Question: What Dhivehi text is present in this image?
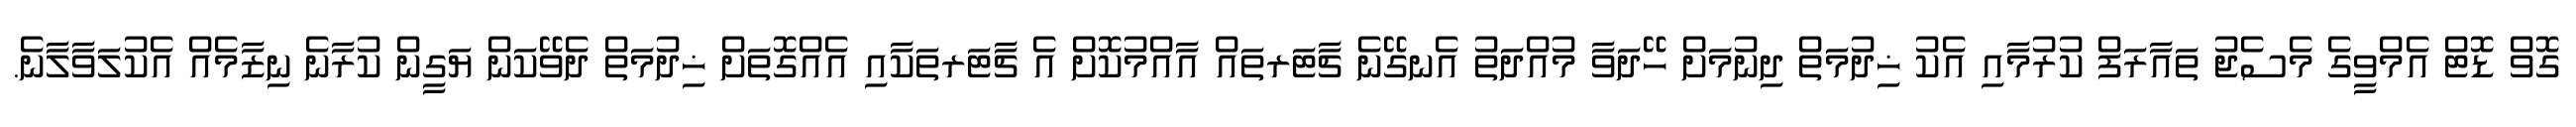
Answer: ގޮވް ޑޮޓް އެމްވީގެ މެސެޖު ތައާރަފް ކުރުމާއި އެކު ޚިދުމަތް ދިނުމަށް ހޭދަވާ މުއްދަތު އެނގޭނެ ޗާޓަރތައް އާއްމުކޮށް އެ ޗާޓަރތަކާއި އެއްގޮތަށް ޚިދުމަތް ދެވޭކަން ޔަގީން ކުރާނެ ނިޒާމެއް އެކުލަވާލާނެ.